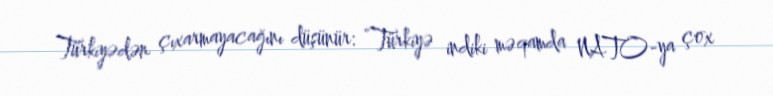
Türkiyədən çıxarmayacağını düşünür: “Türkiyə indiki məqamda NATO-ya çox